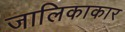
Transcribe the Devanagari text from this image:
जालिकाकार